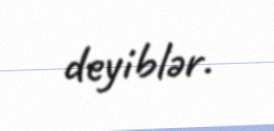
deyiblər.